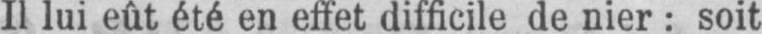
Il lui eût été en effet difficile de nier: soit